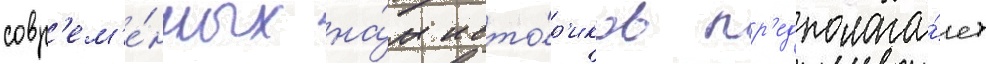
совр'ем'е́нных на́м исто́р'иков пр'едполага́ет